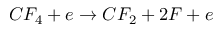
C F _ { 4 } + e \rightarrow C F _ { 2 } + 2 F + e